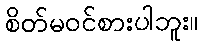
စိတ်မဝင်စားပါဘူး။